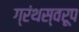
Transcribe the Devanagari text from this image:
ग्रंथस्वरूप